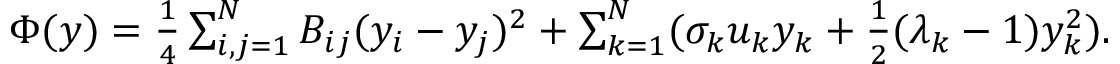
\begin{array} { r } { \Phi ( { \boldsymbol y } ) = \frac { 1 } { 4 } \sum _ { i , j = 1 } ^ { N } B _ { i j } ( y _ { i } - y _ { j } ) ^ { 2 } + \sum _ { k = 1 } ^ { N } ( \sigma _ { k } u _ { k } y _ { k } + \frac { 1 } { 2 } ( \lambda _ { k } - 1 ) y _ { k } ^ { 2 } ) . } \end{array}